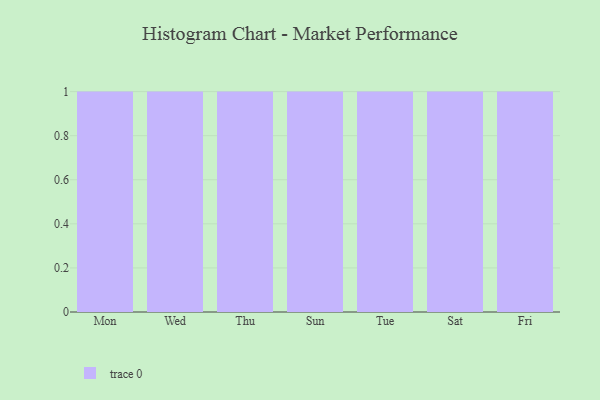
{"axis": {"x": "Day", "y": "Website Visitors"}, "legend": [""], "data": [{"x": "Mon", "y": 75, "type": ""}, {"x": "Wed", "y": 90, "type": ""}, {"x": "Thu", "y": 36, "type": ""}, {"x": "Sun", "y": 13, "type": ""}, {"x": "Tue", "y": 94, "type": ""}, {"x": "Sat", "y": 12, "type": ""}, {"x": "Fri", "y": 81, "type": ""}]}